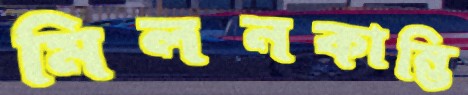
মিলনকান্তি